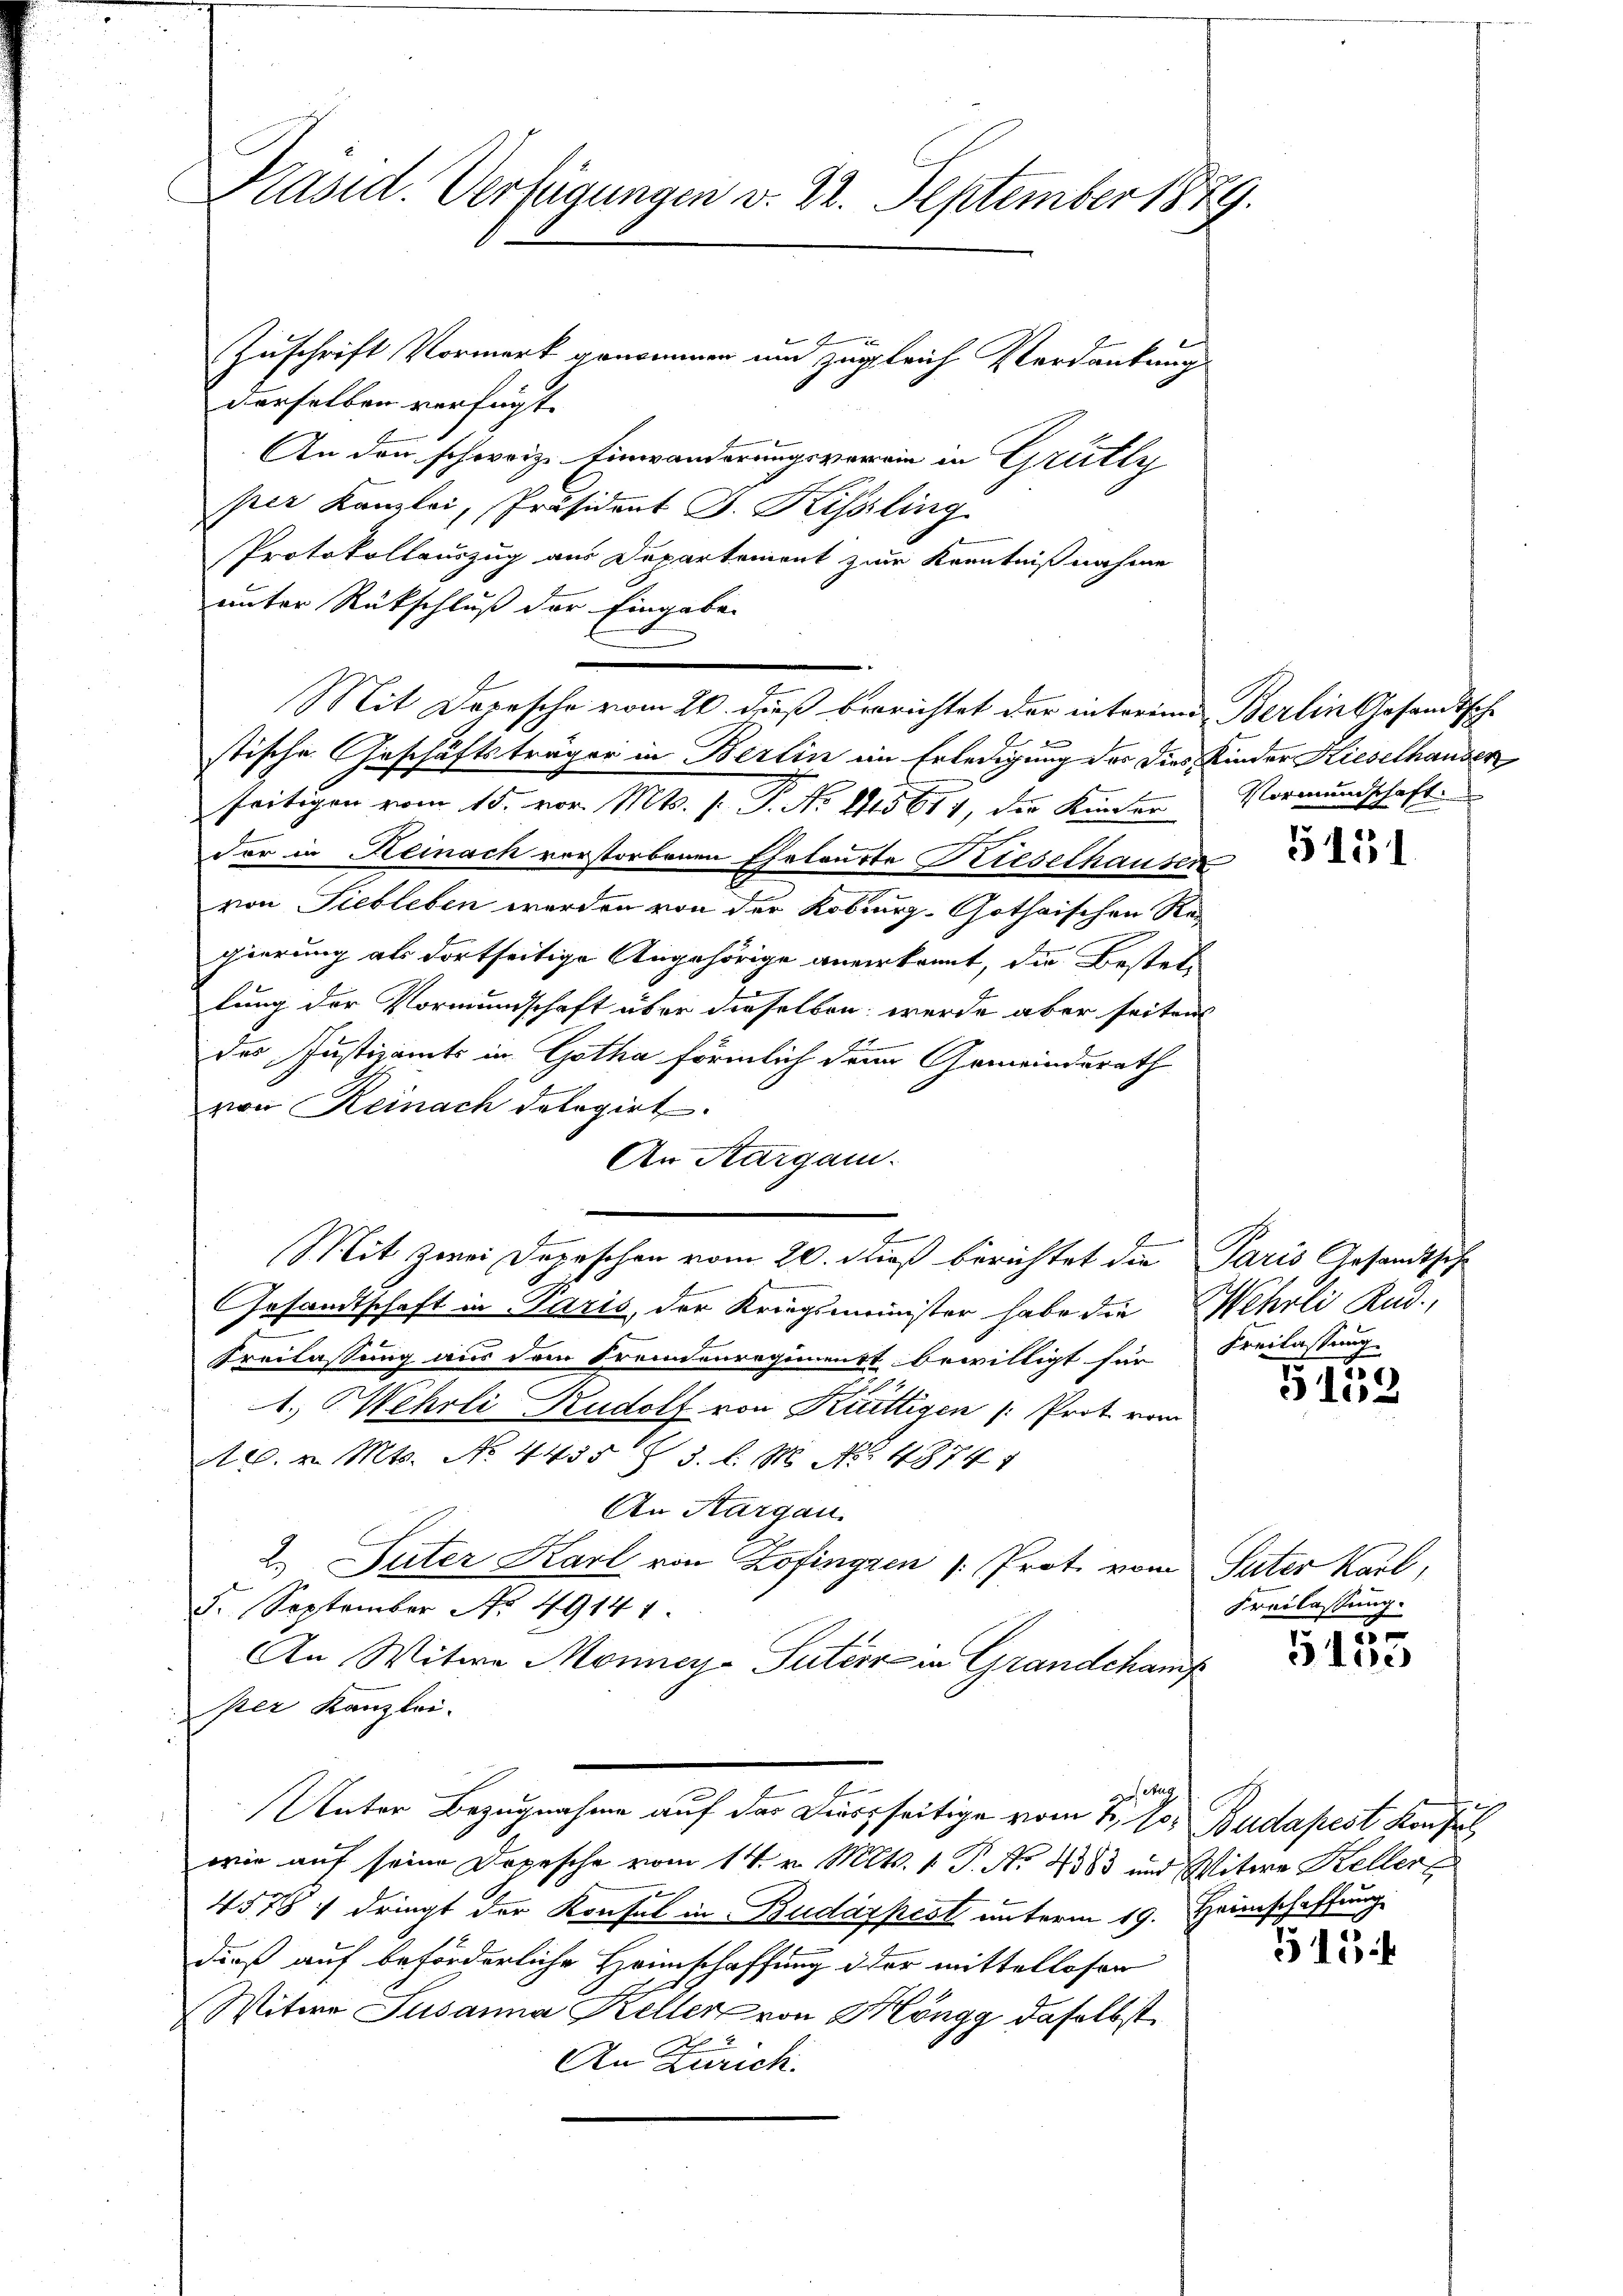
Präsid. Verfügungen v. 22. September 1879.
Zuschrift Vormerk genommen um zugleich Verdankung
derselben verfügt. |
An den schweize Einwanderungsverein in Grütly

per Kanzlei, Präsident J. Kissling
Protokollauszug aus Departement zur Kenntnißnahme
unter Rückschluß der Eingabe.
d
stische Geschäftsträger in Berlin im Erledigung der dies Kinder Kieselhauser
seitigen vom 15. vor. Mts. (T. No 1415614, der Kinder Vormundschaft
der in Reinach verstorbenen Eheleute Prieselhauser
von Siebleben werden von der Koburg-Gothischen Regierung als dortseitige Angehörige anerkannt, die Bestellung der Vormundschaft über dieselben werde aber seitens
des Justizamts in Gotha förmlich dann Gemeinderath
von Reinach delegirt.
An Aargani-
E
Mit zwei Depeschen vom 20. dieß berichtet die Paris Gesandtsch
Gesandtschaft in Paris, der Kriegsminister habe die Wehrli Kad.,
Freilassung aus dem Fremdenregimenst bewilligt für Freilassung
1.) Mehrli Rudolf von Kurttigen (Prot. vom
A. v. Mts. No 4455 § 3. l. M. No. 48741
An Kargau.
2. Suter Karl von Zofingen Prot. vom Suter Karl,
5. September No 4914 1
An Witwe Monney- Suter in Grandchamp
per Kanzlei-
eug
Unter Bezugnahme auf das Diesseitige vom 1., Jos. Budapest Konsul
wie auf seine Depesche vom 14. v. Mts. 1. P. Nr. 4383 und Witwe Keller
4578 f dringt der Konsul in Budapest unterm 19. Heimschaffung
dieß auf beförderliche Heimschaffung der mittellosen
Witwe Susanna Keller von Höngg daselbst
An Zürich.

Mit Depesche vom 26. dieß berichtet der interime Berlin Gesandtsche

5151

G153

Freilassung.

.
51

515 f